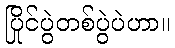
ပြိုင်ပွဲတစ်ပွဲပဲဟာ။